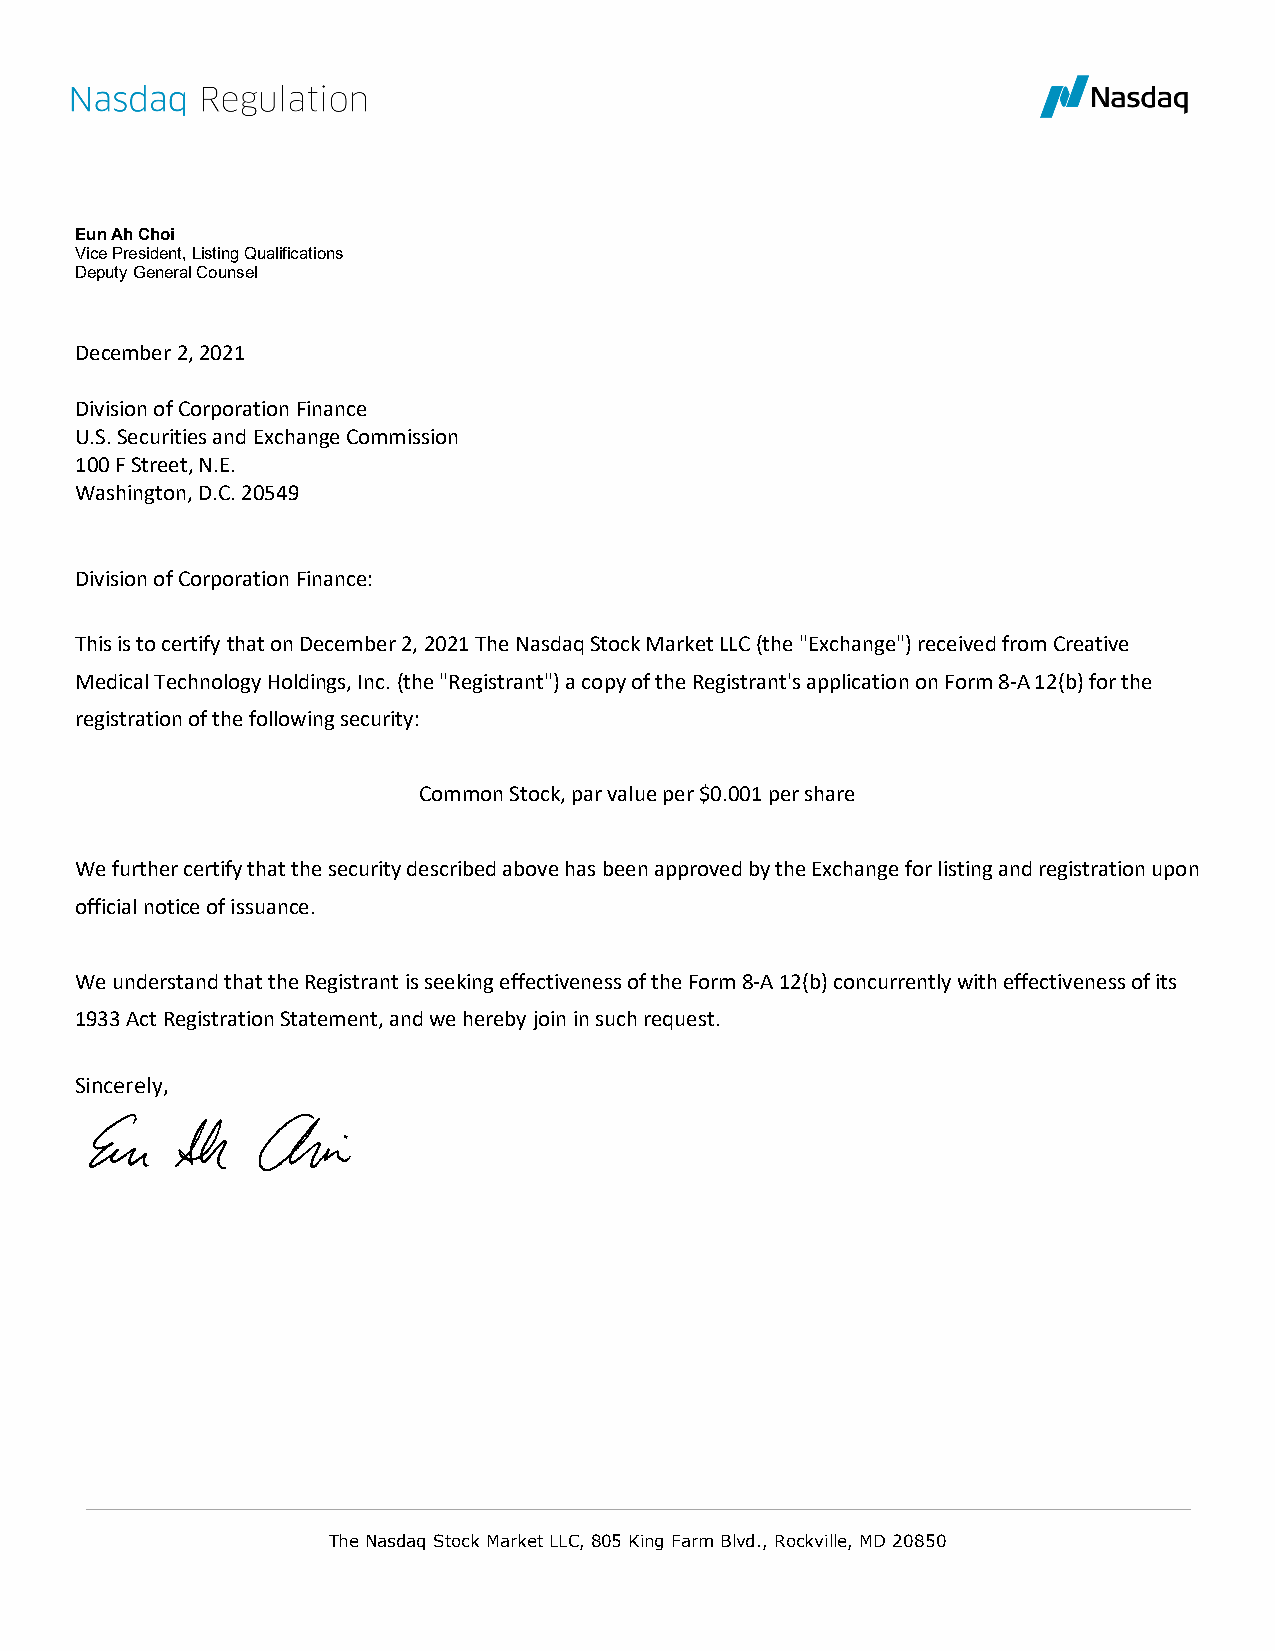
Eun Ah Choi
 Vice President, Listing Qualifications
 Deputy General Counsel
 December 2, 2021
 Division of Corporation Finance
 U.S. Securities and Exchange Commission
 100 F Street, N.E.
 Washington, D.C. 20549
 Division of Corporation Finance:
 This is to certify that on December 2, 2021 The Nasdaq Stock Market LLC (the "Exchange") received from Creative
 Medical Technology Holdings, Inc. (the "Registrant") a copy of the Registrant's application on Form 8-A 12(b) for the
 registration of the following security:
 Common Stock, par value per $0.001 per share
 We further certify that the security described above has been approved by the Exchange for listing and registration upon
 official notice of issuance.
 We understand that the Registrant is seeking effectiveness of the Form 8-A 12(b) concurrently with effectiveness of its
 1933 Act Registration Statement, and we hereby join in such request.
 Sincerely,
 The Nasdaq Stock Market LLC, 805 King Farm Blvd., Rockville, MD 20850